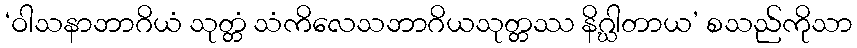
‘ဝါသနာဘာဂိယံ သုတ္တံ သံကိလေသဘာဂိယသုတ္တဿ နိဂ္ဃါတာယ’ စသည်ကိုသာ